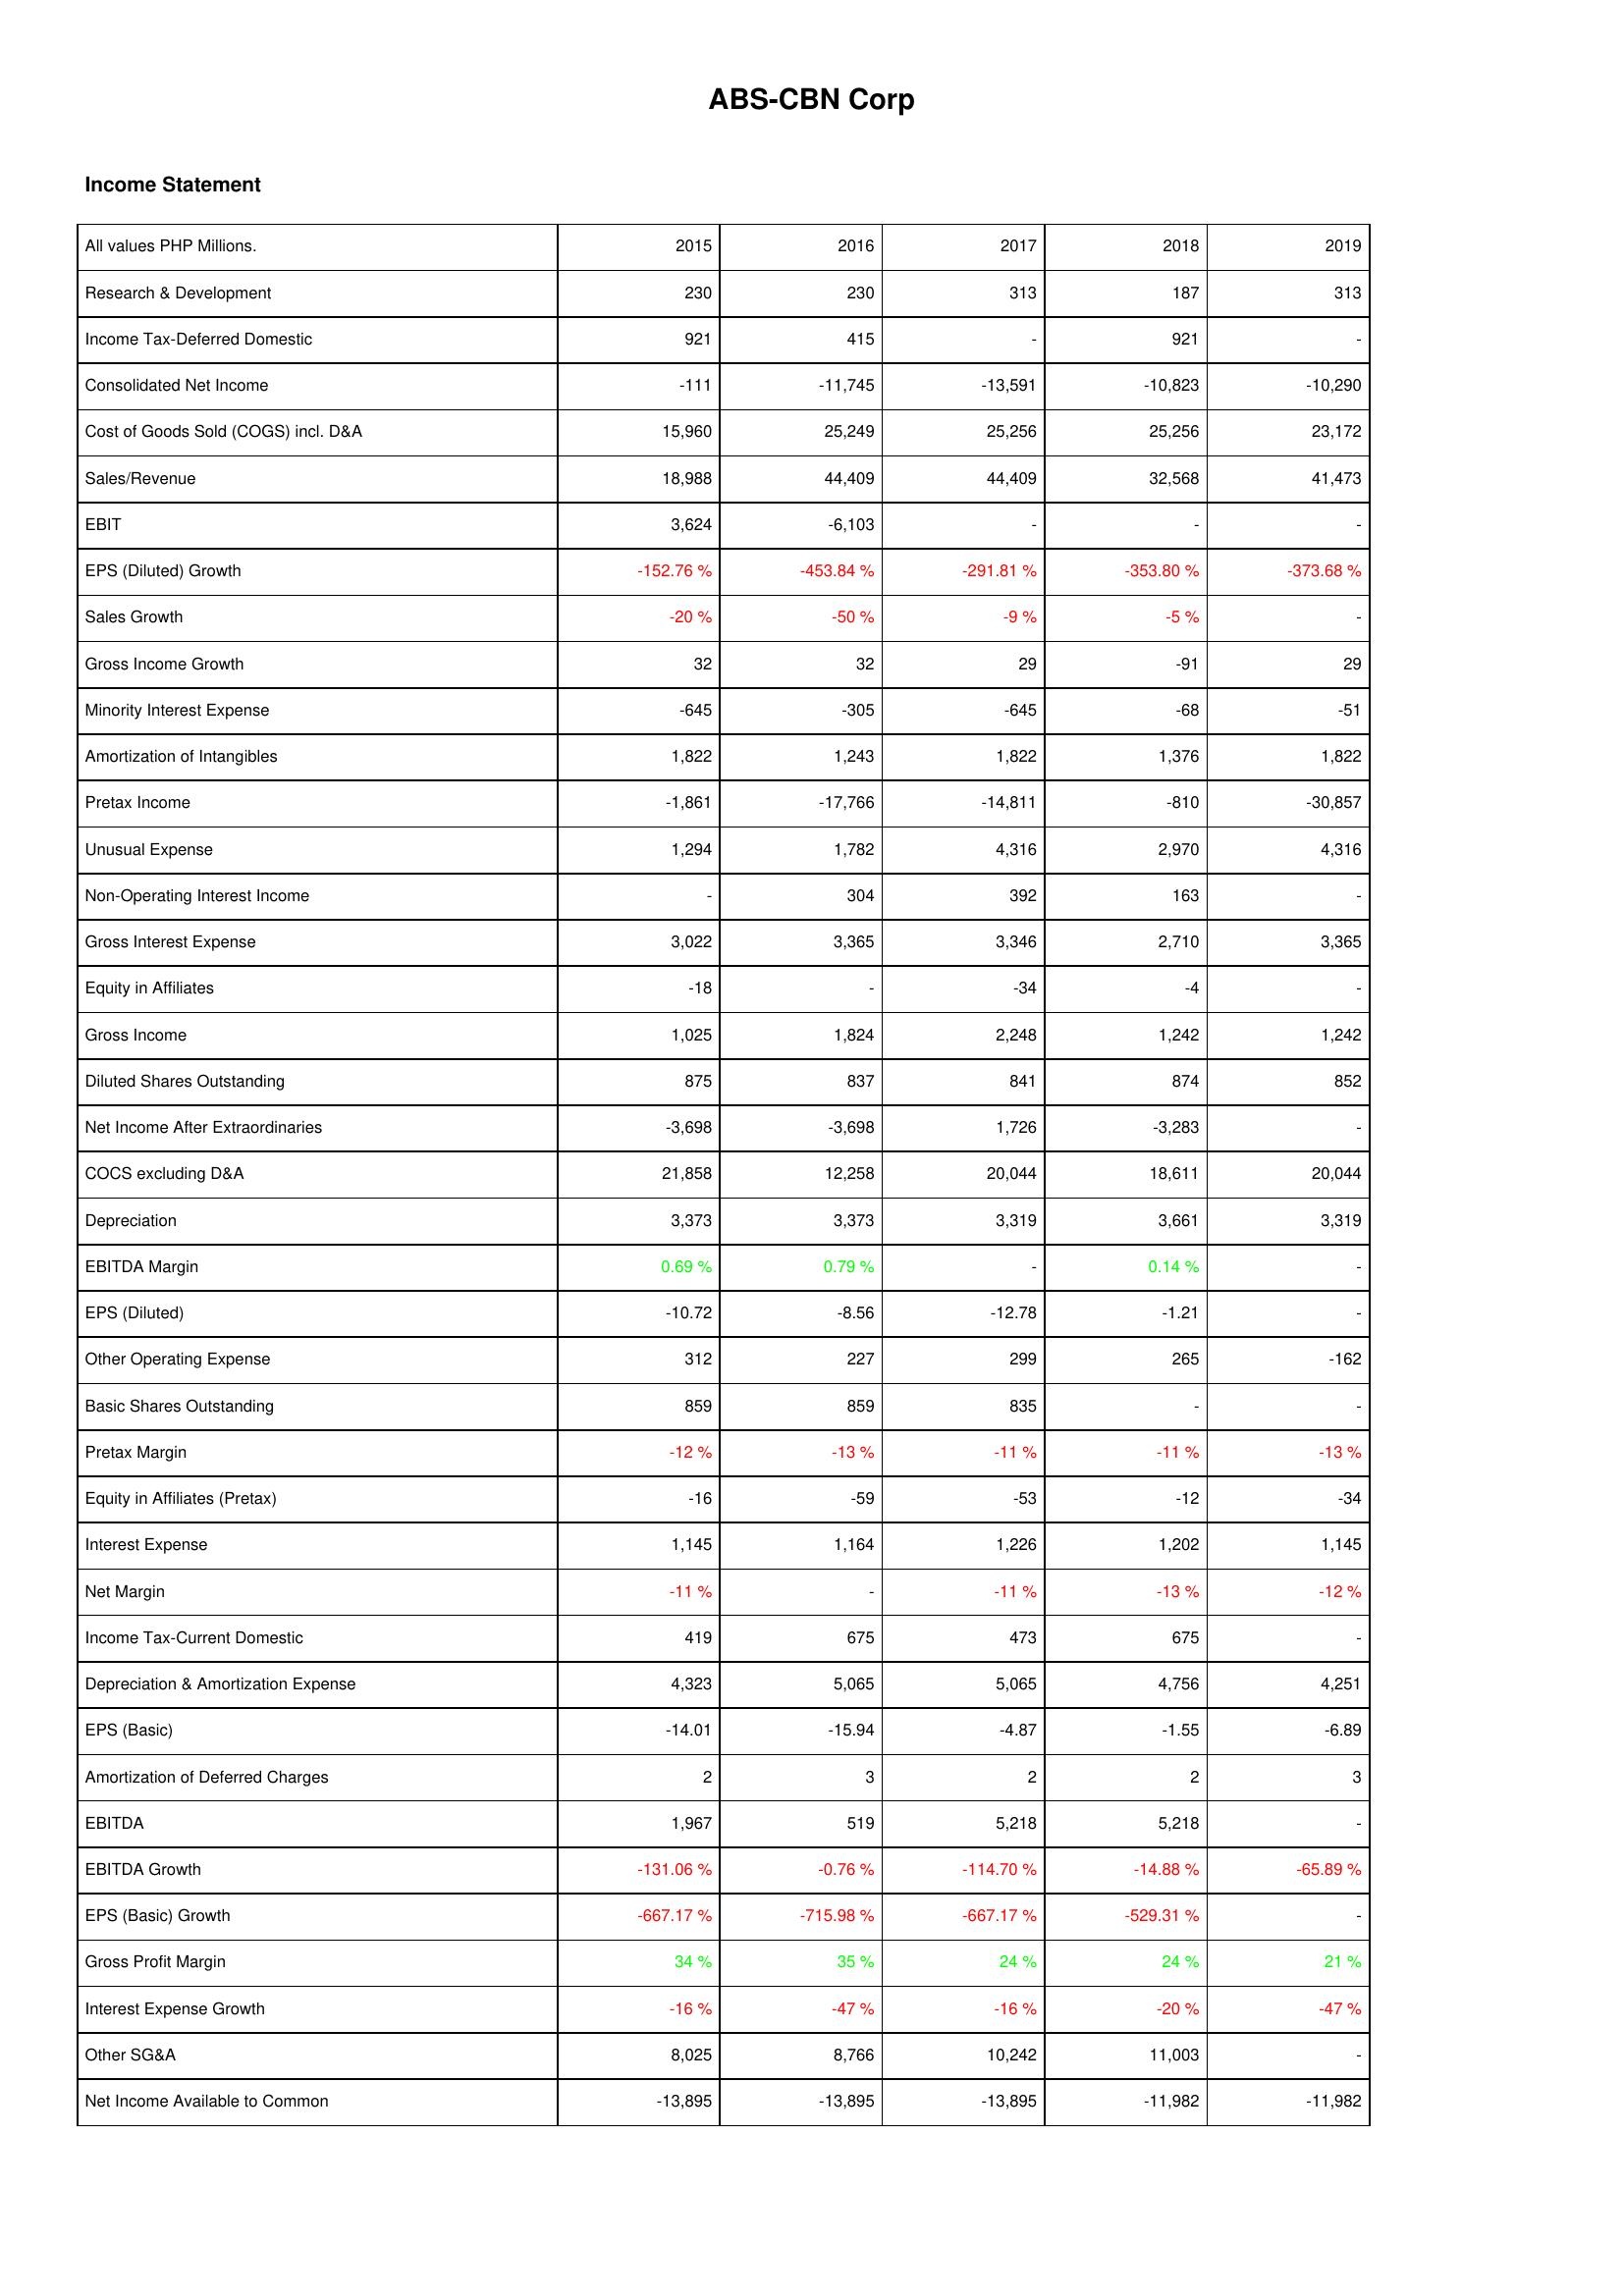
2015: Income Statement: Research & Development: 230
Income Tax-Deferred Domestic: 921
Consolidated Net Income: -111
Cost of Goods Sold (COGS) incl. D&A: 15,960
Sales/Revenue: 18,988
EBIT: 3,624
EPS (Diluted) Growth: -152.76 %
Sales Growth: -20 %
Gross Income Growth: 32
Minority Interest Expense: -645
Amortization of Intangibles: 1,822
Pretax Income: -1,861
Unusual Expense: 1,294
Non-Operating Interest Income: -
Gross Interest Expense: 3,022
Equity in Affiliates: -18
Gross Income: 1,025
Diluted Shares Outstanding: 875
Net Income After Extraordinaries: -3,698
COCS excluding D&A: 21,858
Depreciation: 3,373
EBITDA Margin: 0.69 %
EPS (Diluted): -10.72
Other Operating Expense: 312
Basic Shares Outstanding: 859
Pretax Margin: -12 %
Equity in Affiliates (Pretax): -16
Interest Expense: 1,145
Net Margin: -11 %
Income Tax-Current Domestic: 419
Depreciation & Amortization Expense: 4,323
EPS (Basic): -14.01
Amortization of Deferred Charges: 2
EBITDA: 1,967
EBITDA Growth: -131.06 %
EPS (Basic) Growth: -667.17 %
Gross Profit Margin: 34 %
Interest Expense Growth: -16 %
Other SG&A: 8,025
Net Income Available to Common: -13,895
2016: Income Statement: Research & Development: 230
Income Tax-Deferred Domestic: 415
Consolidated Net Income: -11,745
Cost of Goods Sold (COGS) incl. D&A: 25,249
Sales/Revenue: 44,409
EBIT: -6,103
EPS (Diluted) Growth: -453.84 %
Sales Growth: -50 %
Gross Income Growth: 32
Minority Interest Expense: -305
Amortization of Intangibles: 1,243
Pretax Income: -17,766
Unusual Expense: 1,782
Non-Operating Interest Income: 304
Gross Interest Expense: 3,365
Equity in Affiliates: -
Gross Income: 1,824
Diluted Shares Outstanding: 837
Net Income After Extraordinaries: -3,698
COCS excluding D&A: 12,258
Depreciation: 3,373
EBITDA Margin: 0.79 %
EPS (Diluted): -8.56
Other Operating Expense: 227
Basic Shares Outstanding: 859
Pretax Margin: -13 %
Equity in Affiliates (Pretax): -59
Interest Expense: 1,164
Net Margin: -
Income Tax-Current Domestic: 675
Depreciation & Amortization Expense: 5,065
EPS (Basic): -15.94
Amortization of Deferred Charges: 3
EBITDA: 519
EBITDA Growth: -0.76 %
EPS (Basic) Growth: -715.98 %
Gross Profit Margin: 35 %
Interest Expense Growth: -47 %
Other SG&A: 8,766
Net Income Available to Common: -13,895
2017: Income Statement: Research & Development: 313
Income Tax-Deferred Domestic: -
Consolidated Net Income: -13,591
Cost of Goods Sold (COGS) incl. D&A: 25,256
Sales/Revenue: 44,409
EBIT: -
EPS (Diluted) Growth: -291.81 %
Sales Growth: -9 %
Gross Income Growth: 29
Minority Interest Expense: -645
Amortization of Intangibles: 1,822
Pretax Income: -14,811
Unusual Expense: 4,316
Non-Operating Interest Income: 392
Gross Interest Expense: 3,346
Equity in Affiliates: -34
Gross Income: 2,248
Diluted Shares Outstanding: 841
Net Income After Extraordinaries: 1,726
COCS excluding D&A: 20,044
Depreciation: 3,319
EBITDA Margin: -
EPS (Diluted): -12.78
Other Operating Expense: 299
Basic Shares Outstanding: 835
Pretax Margin: -11 %
Equity in Affiliates (Pretax): -53
Interest Expense: 1,226
Net Margin: -11 %
Income Tax-Current Domestic: 473
Depreciation & Amortization Expense: 5,065
EPS (Basic): -4.87
Amortization of Deferred Charges: 2
EBITDA: 5,218
EBITDA Growth: -114.70 %
EPS (Basic) Growth: -667.17 %
Gross Profit Margin: 24 %
Interest Expense Growth: -16 %
Other SG&A: 10,242
Net Income Available to Common: -13,895
2018: Income Statement: Research & Development: 187
Income Tax-Deferred Domestic: 921
Consolidated Net Income: -10,823
Cost of Goods Sold (COGS) incl. D&A: 25,256
Sales/Revenue: 32,568
EBIT: -
EPS (Diluted) Growth: -353.80 %
Sales Growth: -5 %
Gross Income Growth: -91
Minority Interest Expense: -68
Amortization of Intangibles: 1,376
Pretax Income: -810
Unusual Expense: 2,970
Non-Operating Interest Income: 163
Gross Interest Expense: 2,710
Equity in Affiliates: -4
Gross Income: 1,242
Diluted Shares Outstanding: 874
Net Income After Extraordinaries: -3,283
COCS excluding D&A: 18,611
Depreciation: 3,661
EBITDA Margin: 0.14 %
EPS (Diluted): -1.21
Other Operating Expense: 265
Basic Shares Outstanding: -
Pretax Margin: -11 %
Equity in Affiliates (Pretax): -12
Interest Expense: 1,202
Net Margin: -13 %
Income Tax-Current Domestic: 675
Depreciation & Amortization Expense: 4,756
EPS (Basic): -1.55
Amortization of Deferred Charges: 2
EBITDA: 5,218
EBITDA Growth: -14.88 %
EPS (Basic) Growth: -529.31 %
Gross Profit Margin: 24 %
Interest Expense Growth: -20 %
Other SG&A: 11,003
Net Income Available to Common: -11,982
2019: Income Statement: Research & Development: 313
Income Tax-Deferred Domestic: -
Consolidated Net Income: -10,290
Cost of Goods Sold (COGS) incl. D&A: 23,172
Sales/Revenue: 41,473
EBIT: -
EPS (Diluted) Growth: -373.68 %
Sales Growth: -
Gross Income Growth: 29
Minority Interest Expense: -51
Amortization of Intangibles: 1,822
Pretax Income: -30,857
Unusual Expense: 4,316
Non-Operating Interest Income: -
Gross Interest Expense: 3,365
Equity in Affiliates: -
Gross Income: 1,242
Diluted Shares Outstanding: 852
Net Income After Extraordinaries: -
COCS excluding D&A: 20,044
Depreciation: 3,319
EBITDA Margin: -
EPS (Diluted): -
Other Operating Expense: -162
Basic Shares Outstanding: -
Pretax Margin: -13 %
Equity in Affiliates (Pretax): -34
Interest Expense: 1,145
Net Margin: -12 %
Income Tax-Current Domestic: -
Depreciation & Amortization Expense: 4,251
EPS (Basic): -6.89
Amortization of Deferred Charges: 3
EBITDA: -
EBITDA Growth: -65.89 %
EPS (Basic) Growth: -
Gross Profit Margin: 21 %
Interest Expense Growth: -47 %
Other SG&A: -
Net Income Available to Common: -11,982